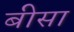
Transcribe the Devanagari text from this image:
बीसा